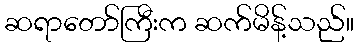
ဆရာတော်ကြီးက ဆက်မိန့်သည်။